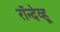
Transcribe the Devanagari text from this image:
रॉन्देव्हू